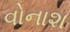
વોનાશ